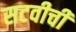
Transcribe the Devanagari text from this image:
सटवीची